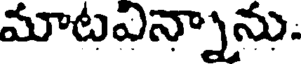
మాటఎన్నాను.